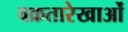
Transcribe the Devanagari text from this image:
वक्रतारेखाओं